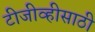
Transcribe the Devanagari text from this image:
टीजीव्हीसाठी